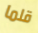
قلما